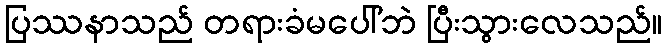
ပြဿနာသည် တရားခံမပေါ်ဘဲ ပြီးသွားလေသည်။